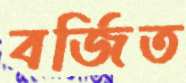
বর্জিত